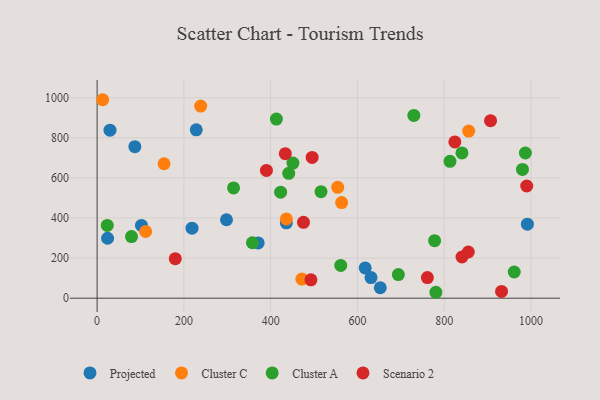
{"axis": {"x": "Price", "y": "Fuel Efficiency"}, "legend": ["Cluster A", "Cluster C", "Projected", "Scenario 2"], "data": [{"x": "371.3", "y": 275.5, "type": "Projected"}, {"x": "228.5", "y": 839.9, "type": "Projected"}, {"x": "218.8", "y": 349.3, "type": "Projected"}, {"x": "87.0", "y": 755.7, "type": "Projected"}, {"x": "102.2", "y": 362.9, "type": "Projected"}, {"x": "991.8", "y": 369.0, "type": "Projected"}, {"x": "29.7", "y": 837.9, "type": "Projected"}, {"x": "436.2", "y": 375.7, "type": "Projected"}, {"x": "652.7", "y": 52.1, "type": "Projected"}, {"x": "298.2", "y": 391.3, "type": "Projected"}, {"x": "631.4", "y": 102.7, "type": "Projected"}, {"x": "24.1", "y": 299.0, "type": "Projected"}, {"x": "617.9", "y": 150.8, "type": "Projected"}, {"x": "436.2", "y": 395.5, "type": "Cluster C"}, {"x": "12.7", "y": 989.8, "type": "Cluster C"}, {"x": "856.6", "y": 833.5, "type": "Cluster C"}, {"x": "471.9", "y": 95.4, "type": "Cluster C"}, {"x": "111.9", "y": 332.6, "type": "Cluster C"}, {"x": "563.6", "y": 477.1, "type": "Cluster C"}, {"x": "238.7", "y": 958.0, "type": "Cluster C"}, {"x": "154.3", "y": 670.5, "type": "Cluster C"}, {"x": "554.6", "y": 552.9, "type": "Cluster C"}, {"x": "23.4", "y": 362.7, "type": "Cluster A"}, {"x": "423.0", "y": 528.5, "type": "Cluster A"}, {"x": "694.4", "y": 117.9, "type": "Cluster A"}, {"x": "730.1", "y": 911.6, "type": "Cluster A"}, {"x": "813.4", "y": 682.7, "type": "Cluster A"}, {"x": "451.4", "y": 673.7, "type": "Cluster A"}, {"x": "841.0", "y": 724.6, "type": "Cluster A"}, {"x": "441.7", "y": 622.6, "type": "Cluster A"}, {"x": "961.5", "y": 130.6, "type": "Cluster A"}, {"x": "314.5", "y": 549.9, "type": "Cluster A"}, {"x": "778.0", "y": 286.7, "type": "Cluster A"}, {"x": "358.0", "y": 276.6, "type": "Cluster A"}, {"x": "516.1", "y": 531.4, "type": "Cluster A"}, {"x": "413.2", "y": 893.1, "type": "Cluster A"}, {"x": "561.6", "y": 163.5, "type": "Cluster A"}, {"x": "980.5", "y": 642.3, "type": "Cluster A"}, {"x": "987.2", "y": 724.2, "type": "Cluster A"}, {"x": "79.3", "y": 307.3, "type": "Cluster A"}, {"x": "780.9", "y": 29.5, "type": "Cluster A"}, {"x": "433.8", "y": 720.5, "type": "Scenario 2"}, {"x": "475.7", "y": 378.4, "type": "Scenario 2"}, {"x": "990.3", "y": 559.5, "type": "Scenario 2"}, {"x": "855.6", "y": 230.3, "type": "Scenario 2"}, {"x": "906.9", "y": 885.3, "type": "Scenario 2"}, {"x": "492.9", "y": 91.6, "type": "Scenario 2"}, {"x": "495.7", "y": 702.0, "type": "Scenario 2"}, {"x": "932.3", "y": 33.5, "type": "Scenario 2"}, {"x": "180.2", "y": 197.0, "type": "Scenario 2"}, {"x": "761.3", "y": 102.8, "type": "Scenario 2"}, {"x": "824.6", "y": 779.1, "type": "Scenario 2"}, {"x": "390.3", "y": 637.1, "type": "Scenario 2"}, {"x": "841.1", "y": 205.5, "type": "Scenario 2"}]}